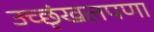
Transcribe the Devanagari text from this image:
उच्छृंखलपणा